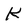
Character: K